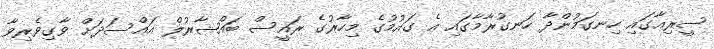
ސީރިއާގައި ހިނގަމުންދާ ހަނގުރާމާގައި އެ ގައުމުގެ މިހާރުގެ ރައީސް ބައްޝާރުލް އައްސަދަށް ވާގިވެރިވާ